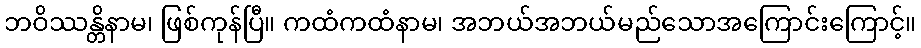
ဘဝိဿန္တိနာမ၊ ဖြစ်ကုန်ပြီ။ ကထံကထံနာမ၊ အဘယ်အဘယ်မည်သောအကြောင်းကြောင့်။